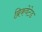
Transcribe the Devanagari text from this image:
ब्रिकवेटेड